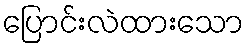
ပြောင်းလဲထားသော